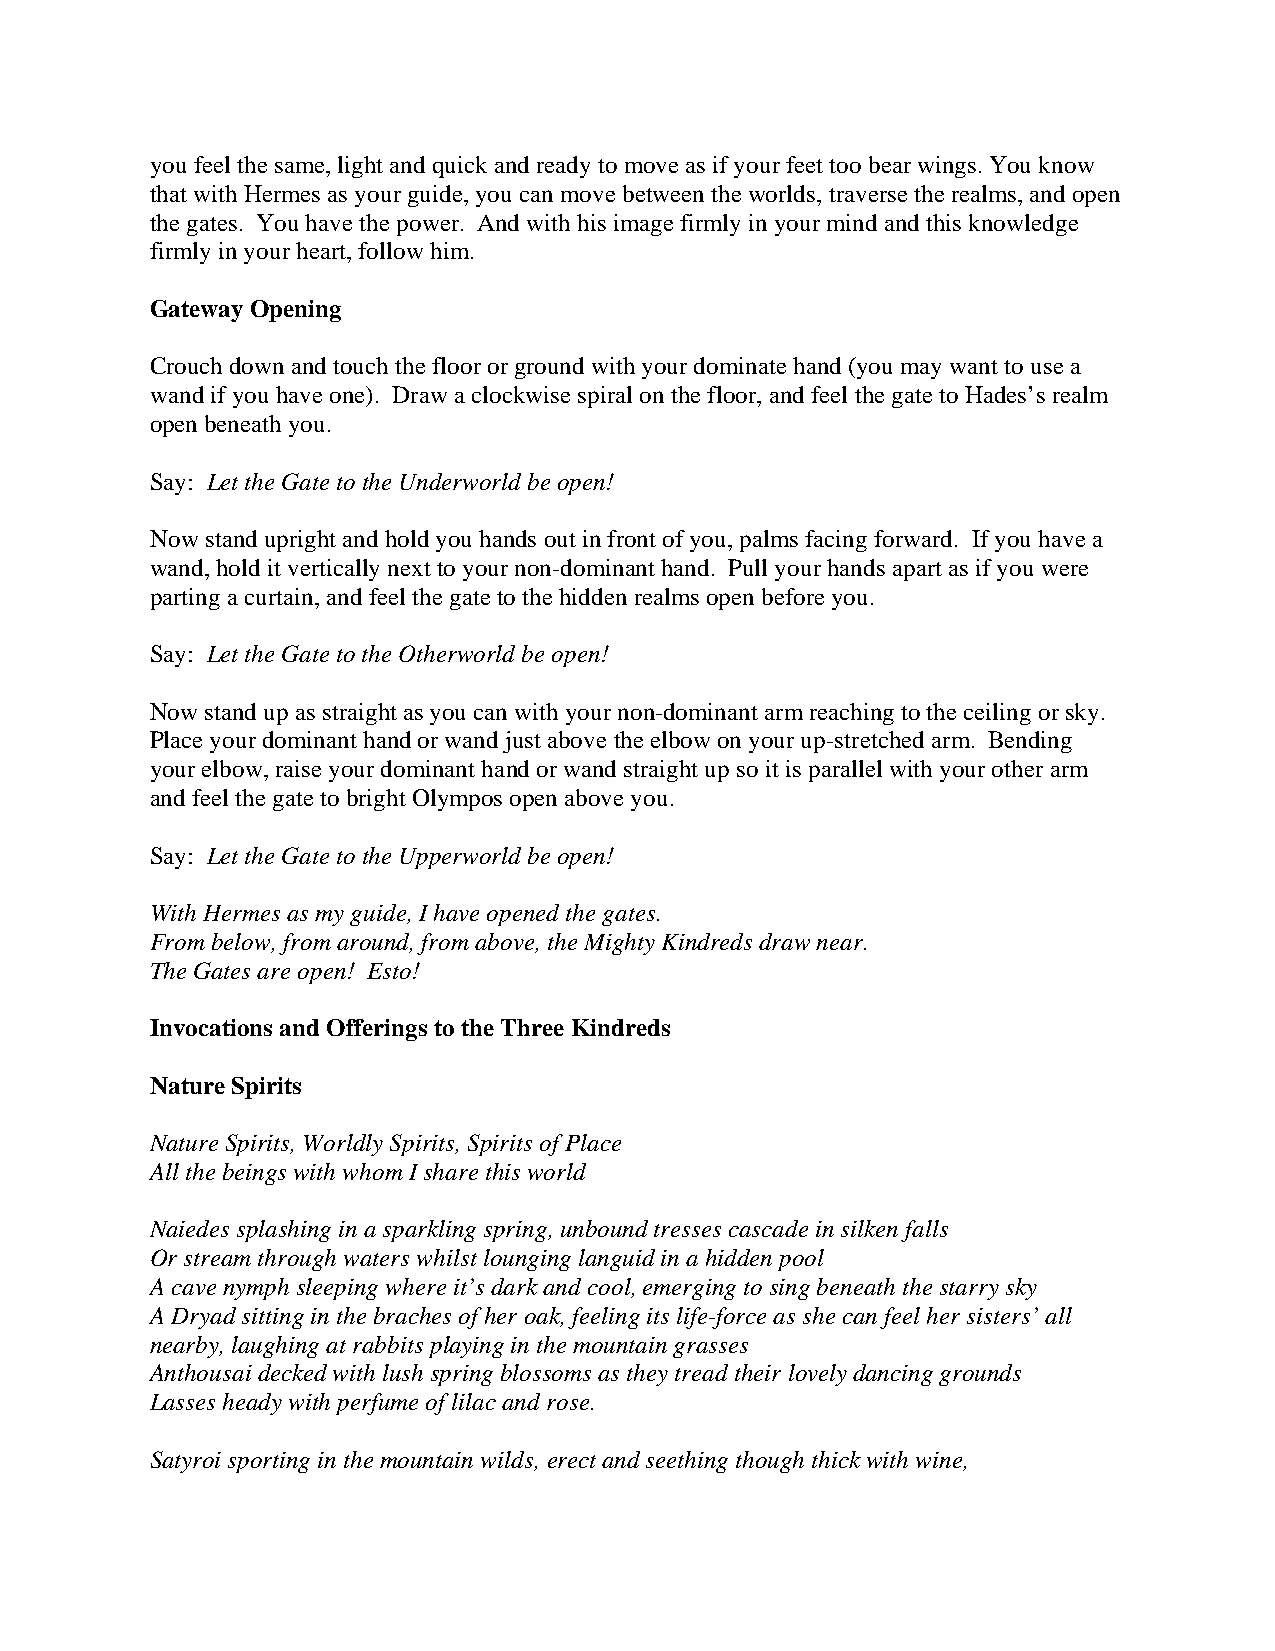
you feel the same, light and quick and ready to move as if your feet too bear wings. You know
 that with Hermes as your guide, you can move between the worlds, traverse the realms, and open
 the gates. You have the power. And with his image firmly in your mind and this knowledge
 firmly in your heart, follow him.
 Gateway Opening
 Crouch down and touch the floor or ground with your dominate hand (you may want to use a
 wand if you have one). Draw a clockwise spiral on the floor, and feel the gate to Hades’s realm
 open beneath you.
 Say: Let the Gate to the Underworld be open!
 Now stand upright and hold you hands out in front of you, palms facing forward. If you have a
 wand, hold it vertically next to your non-dominant hand. Pull your hands apart as if you were
 parting a curtain, and feel the gate to the hidden realms open before you.
 Say: Let the Gate to the Otherworld be open!
 Now stand up as straight as you can with your non-dominant arm reaching to the ceiling or sky.
 Place your dominant hand or wand just above the elbow on your up-stretched arm. Bending
 your elbow, raise your dominant hand or wand straight up so it is parallel with your other arm
 and feel the gate to bright Olympos open above you.
 Say: Let the Gate to the Upperworld be open!
 With Hermes as my guide, I have opened the gates.
 From below, from around, from above, the Mighty Kindreds draw near.
 The Gates are open! Esto!
 Invocations and Offerings to the Three Kindreds
 Nature Spirits
 Nature Spirits, Worldly Spirits, Spirits of Place
 All the beings with whom I share this world
 Naiedes splashing in a sparkling spring, unbound tresses cascade in silken falls
 Or stream through waters whilst lounging languid in a hidden pool
 A cave nymph sleeping where it’s dark and cool, emerging to sing beneath the starry sky
 A Dryad sitting in the braches of her oak, feeling its life-force as she can feel her sisters’ all
 nearby, laughing at rabbits playing in the mountain grasses
 Anthousai decked with lush spring blossoms as they tread their lovely dancing grounds
 Lasses heady with perfume of lilac and rose.
 Satyroi sporting in the mountain wilds, erect and seething though thick with wine,